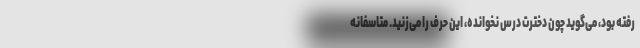
رفته بود، می‌گوید چون دخترت درس نخوانده، این حرف را می‌زنید. متاسفانه